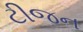
ટીજન